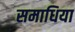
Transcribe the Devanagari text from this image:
समाधिया